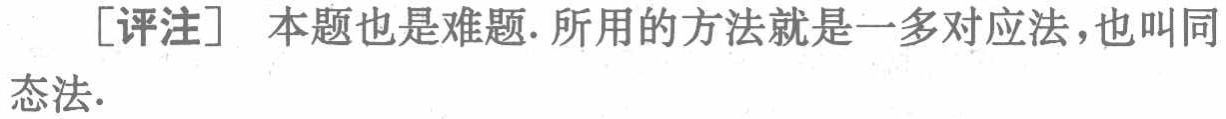
[评注] 本题也是难题. 所用的方法就是一多对应法，也叫同态法.